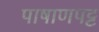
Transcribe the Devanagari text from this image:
पाषाणपट्ट